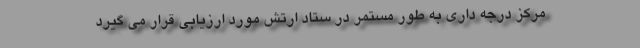
مرکز درجه داری به طور مستمر در ستاد ارتش مورد ارزیابی قرار می گیرد